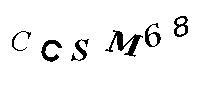
CCSM68